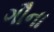
ગૌના